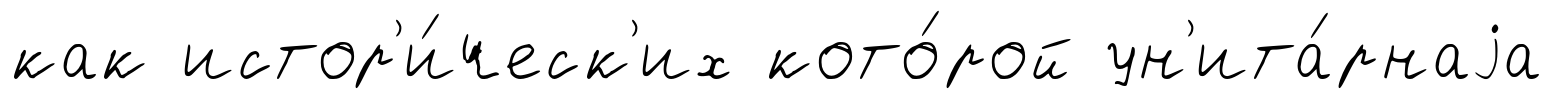
как истор'и́ческ'их кото́рой ун'ита́рнаjа